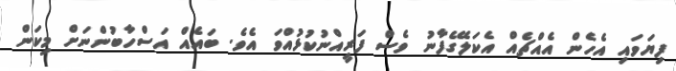
ފިޔަވައި އެހެން އެއްޗެއް އެކަލޭގެފާނު ވެސް ފަރީއްނުކުޅުއްވަ އެވެ. ބައެއް އަސްހާބުންނަށް މިކަން